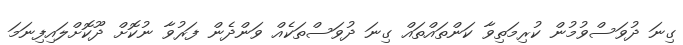
ގިނަ ދުވަސްވުމުން ކުރިމަތިވާ ކަންތައްތައް ގިނަ ދުވަސްތަކެއް ވަންދެން ފަރުވާ ނުކޮށް ދޫކޮށްލައިފިނަމަ